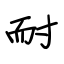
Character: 耐